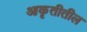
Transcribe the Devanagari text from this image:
आकृतीतील